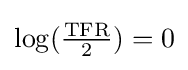
{\textstyle {\log }({\tfrac {\text{TFR}}{2}})=0}